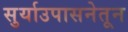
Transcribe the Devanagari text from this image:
सुर्याउपासनेतून